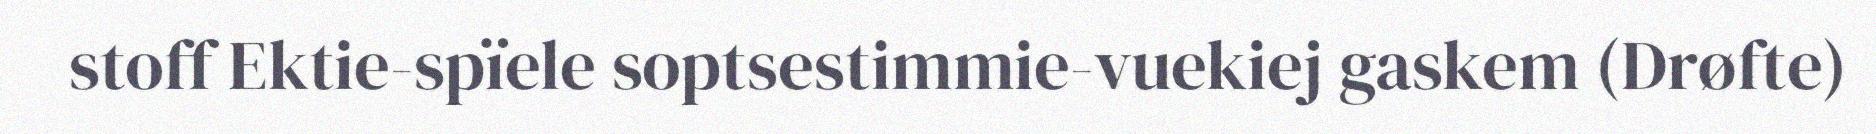
stoff Ektie-spïele soptsestimmie-vuekiej gaskem (Drøfte)